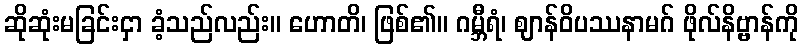
ဆိုဆုံးမခြင်းငှာ ခံ့သည်လည်း။ ဟောတိ၊ ဖြစ်၏။ ဂမ္ဘီရံ၊ ဈာန်ဝိပဿနာမဂ် ဖိုလ်နိဗ္ဗာန်ကို